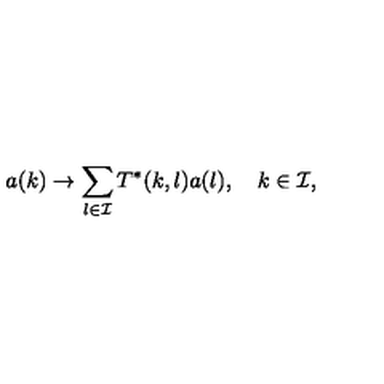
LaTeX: a ( k ) \to \sum _ { l \in { \cal I } } T ^ { * } ( k , l ) a ( l ) , \quad k \in { \cal I } ,